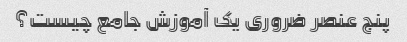
پنج عنصر ضروری یک آموزش جامع چیست؟